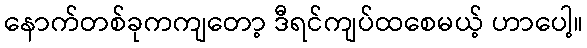
နောက်တစ်ခုကကျတော့ ဒီရင်ကျပ်ထစေမယ့် ဟာပေါ့။